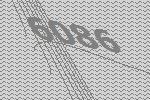
6086